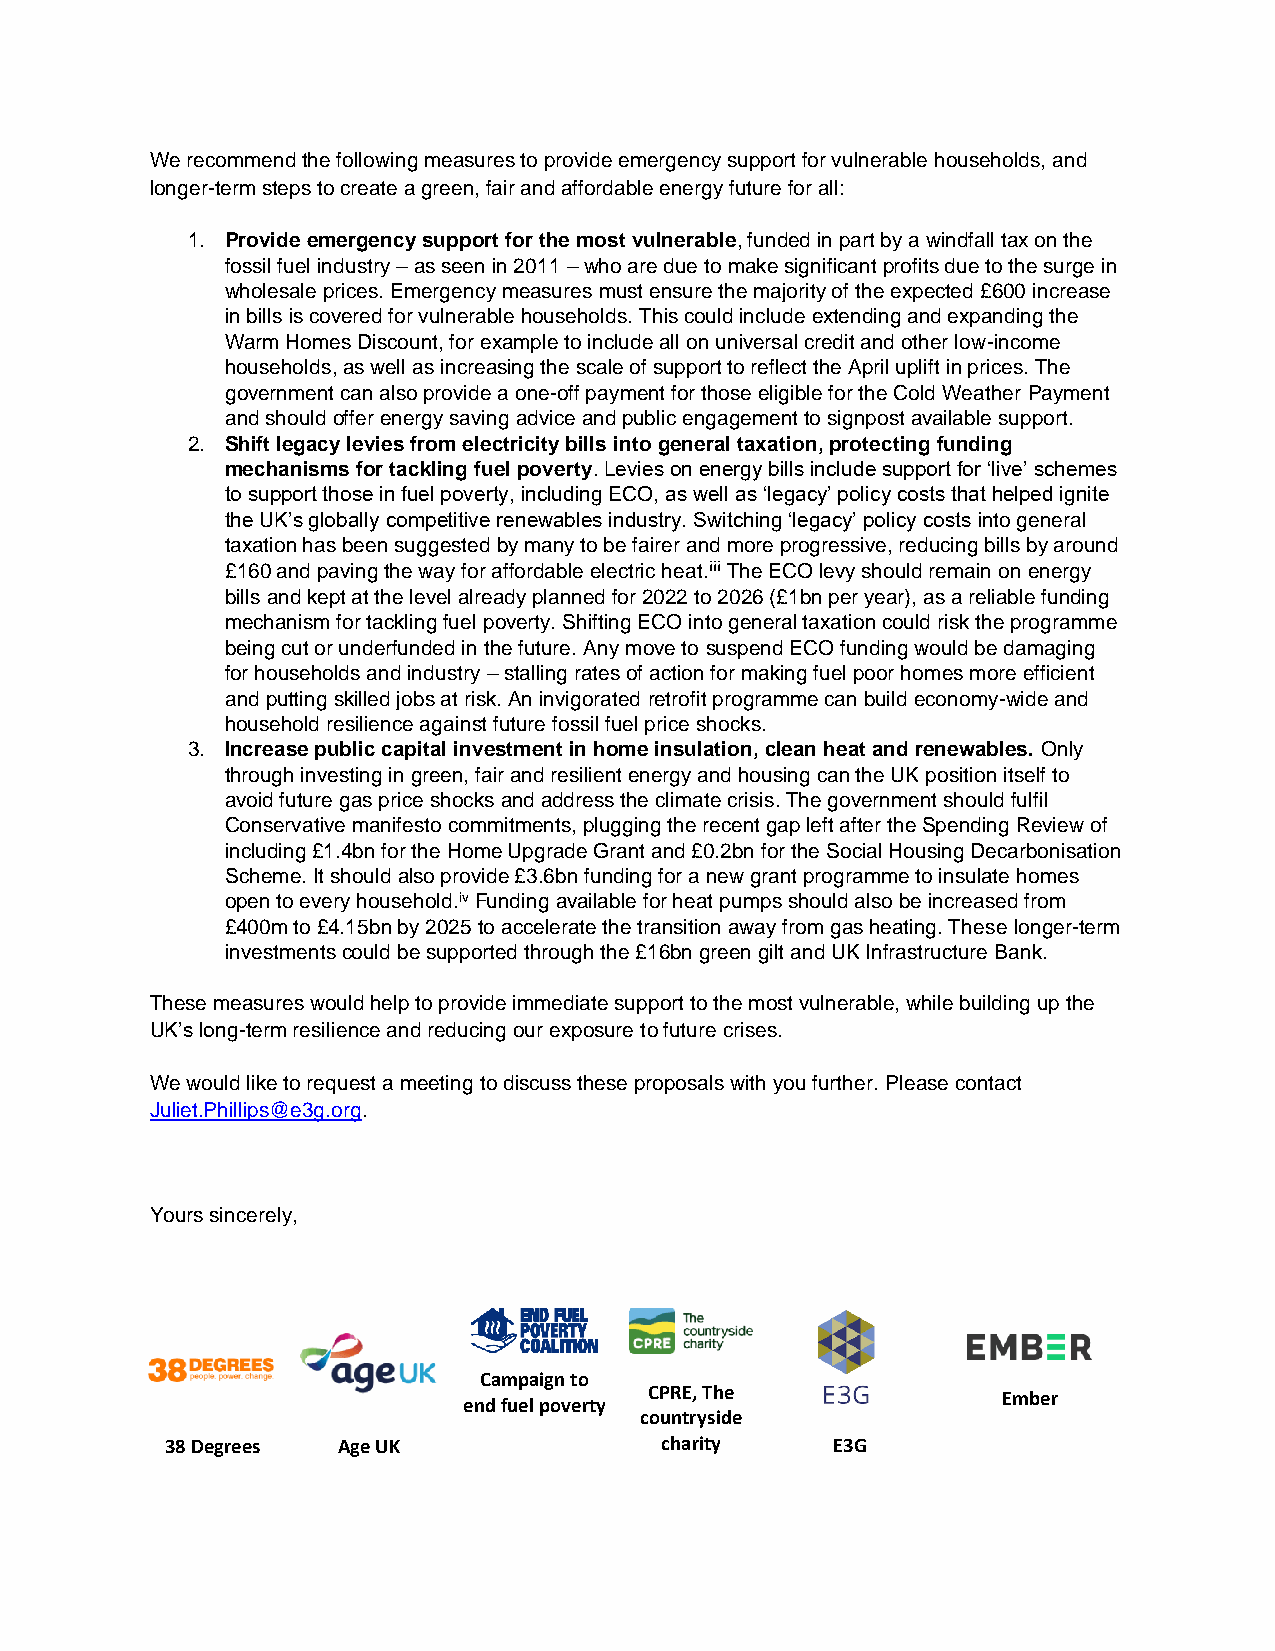
We recommend the following measures to provide emergency support for vulnerable households, and
 longer-term steps to create a green, fair and affordable energy future for all:
 1. Provide emergency support for the most vulnerable, funded in part by a windfall tax on the
 fossil fuel industry – as seen in 2011 – who are due to make significant profits due to the surge in
 wholesale prices. Emergency measures must ensure the majority of the expected £600 increase
 in bills is covered for vulnerable households. This could include extending and expanding the
 Warm Homes Discount, for example to include all on universal credit and other low-income
 households, as well as increasing the scale of support to reflect the April uplift in prices. The
 government can also provide a one-off payment for those eligible for the Cold Weather Payment
 and should offer energy saving advice and public engagement to signpost available support.
 2. Shift legacy levies from electricity bills into general taxation, protecting funding
 mechanisms for tackling fuel poverty. Levies on energy bills include support for ‘live’ schemes
 to support those in fuel poverty, including ECO, as well as ‘legacy’ policy costs that helped ignite
 the UK’s globally competitive renewables industry. Switching ‘legacy’ policy costs into general
 taxation has been suggested by many to be fairer and more progressive, reducing bills by around
 £160 and paving the way for affordable electric heat.iii The ECO levy should remain on energy
 bills and kept at the level already planned for 2022 to 2026 (£1bn per year), as a reliable funding
 mechanism for tackling fuel poverty. Shifting ECO into general taxation could risk the programme
 being cut or underfunded in the future. Any move to suspend ECO funding would be damaging
 for households and industry – stalling rates of action for making fuel poor homes more efficient
 and putting skilled jobs at risk. An invigorated retrofit programme can build economy-wide and
 household resilience against future fossil fuel price shocks.
 3. Increase public capital investment in home insulation, clean heat and renewables. Only
 through investing in green, fair and resilient energy and housing can the UK position itself to
 avoid future gas price shocks and address the climate crisis. The government should fulfil
 Conservative manifesto commitments, plugging the recent gap left after the Spending Review of
 including £1.4bn for the Home Upgrade Grant and £0.2bn for the Social Housing Decarbonisation
 Scheme. It should also provide £3.6bn funding for a new grant programme to insulate homes
 open to every household.iv Funding available for heat pumps should also be increased from
 £400m to £4.15bn by 2025 to accelerate the transition away from gas heating. These longer-term
 investments could be supported through the £16bn green gilt and UK Infrastructure Bank.
 These measures would help to provide immediate support to the most vulnerable, while building up the
 UK’s long-term resilience and reducing our exposure to future crises.
 We would like to request a meeting to discuss these proposals with you further. Please contact
 Juliet.Phillips@e3g.org.
 Yours sincerely,
 Campaign to
 end fuel poverty
 CPRE, The
 Ember
 countryside
 38 Degrees Age UK                charity    E3G